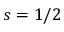
s = 1 / 2